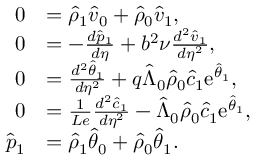
\begin{array} { r l } { 0 } & { = \hat { \rho } _ { 1 } \hat { v } _ { 0 } + \hat { \rho } _ { 0 } \hat { v } _ { 1 } , } \\ { 0 } & { = - \frac { d \hat { p } _ { 1 } } { d \eta } + b ^ { 2 } \nu \frac { d ^ { 2 } \hat { v } _ { 1 } } { d \eta ^ { 2 } } , } \\ { 0 } & { = \frac { d ^ { 2 } \hat { \theta } _ { 1 } } { d \eta ^ { 2 } } + q \hat { \Lambda } _ { 0 } \hat { \rho } _ { 0 } \hat { c } _ { 1 } \mathrm { e } ^ { \hat { \theta } _ { 1 } } , } \\ { 0 } & { = \frac { 1 } { L e } \frac { d ^ { 2 } \hat { c } _ { 1 } } { d \eta ^ { 2 } } - \hat { \Lambda } _ { 0 } \hat { \rho } _ { 0 } \hat { c } _ { 1 } \mathrm { e } ^ { \hat { \theta } _ { 1 } } , } \\ { \hat { p } _ { 1 } } & { = \hat { \rho } _ { 1 } \hat { \theta } _ { 0 } + \hat { \rho } _ { 0 } \hat { \theta } _ { 1 } . } \end{array}